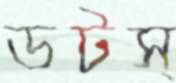
ডটস্